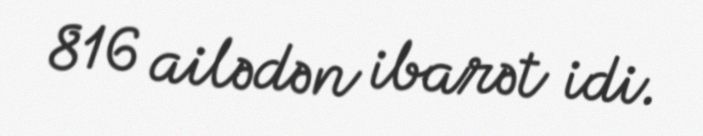
816 ailədən ibarət idi.